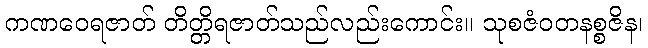
ကဏဝေရဇာတ် တိတ္တိရဇာတ်သည်လည်းကောင်း။ သုစဇံဝတနစ္စဇိန၊